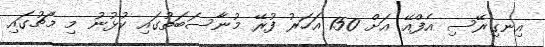
އިނގިރޭސި އެފްއޭ އަށް 150 އަހަރު ފުރޭ މުނާސަބަތުގައި ކުޅުނު މި މެޗުގައި